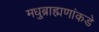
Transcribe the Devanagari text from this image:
मधुब्राह्मणांकडे